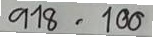
918 = 100